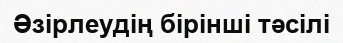
Әзірлеудің бірінші тәсілі